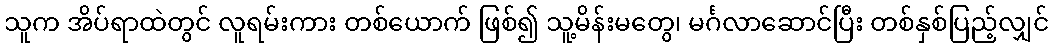
သူက အိပ်ရာထဲတွင် လူရမ်းကား တစ်ယောက် ဖြစ်၍ သူ့မိန်းမတွေ၊ မင်္ဂလာဆောင်ပြီး တစ်နှစ်ပြည့်လျှင်